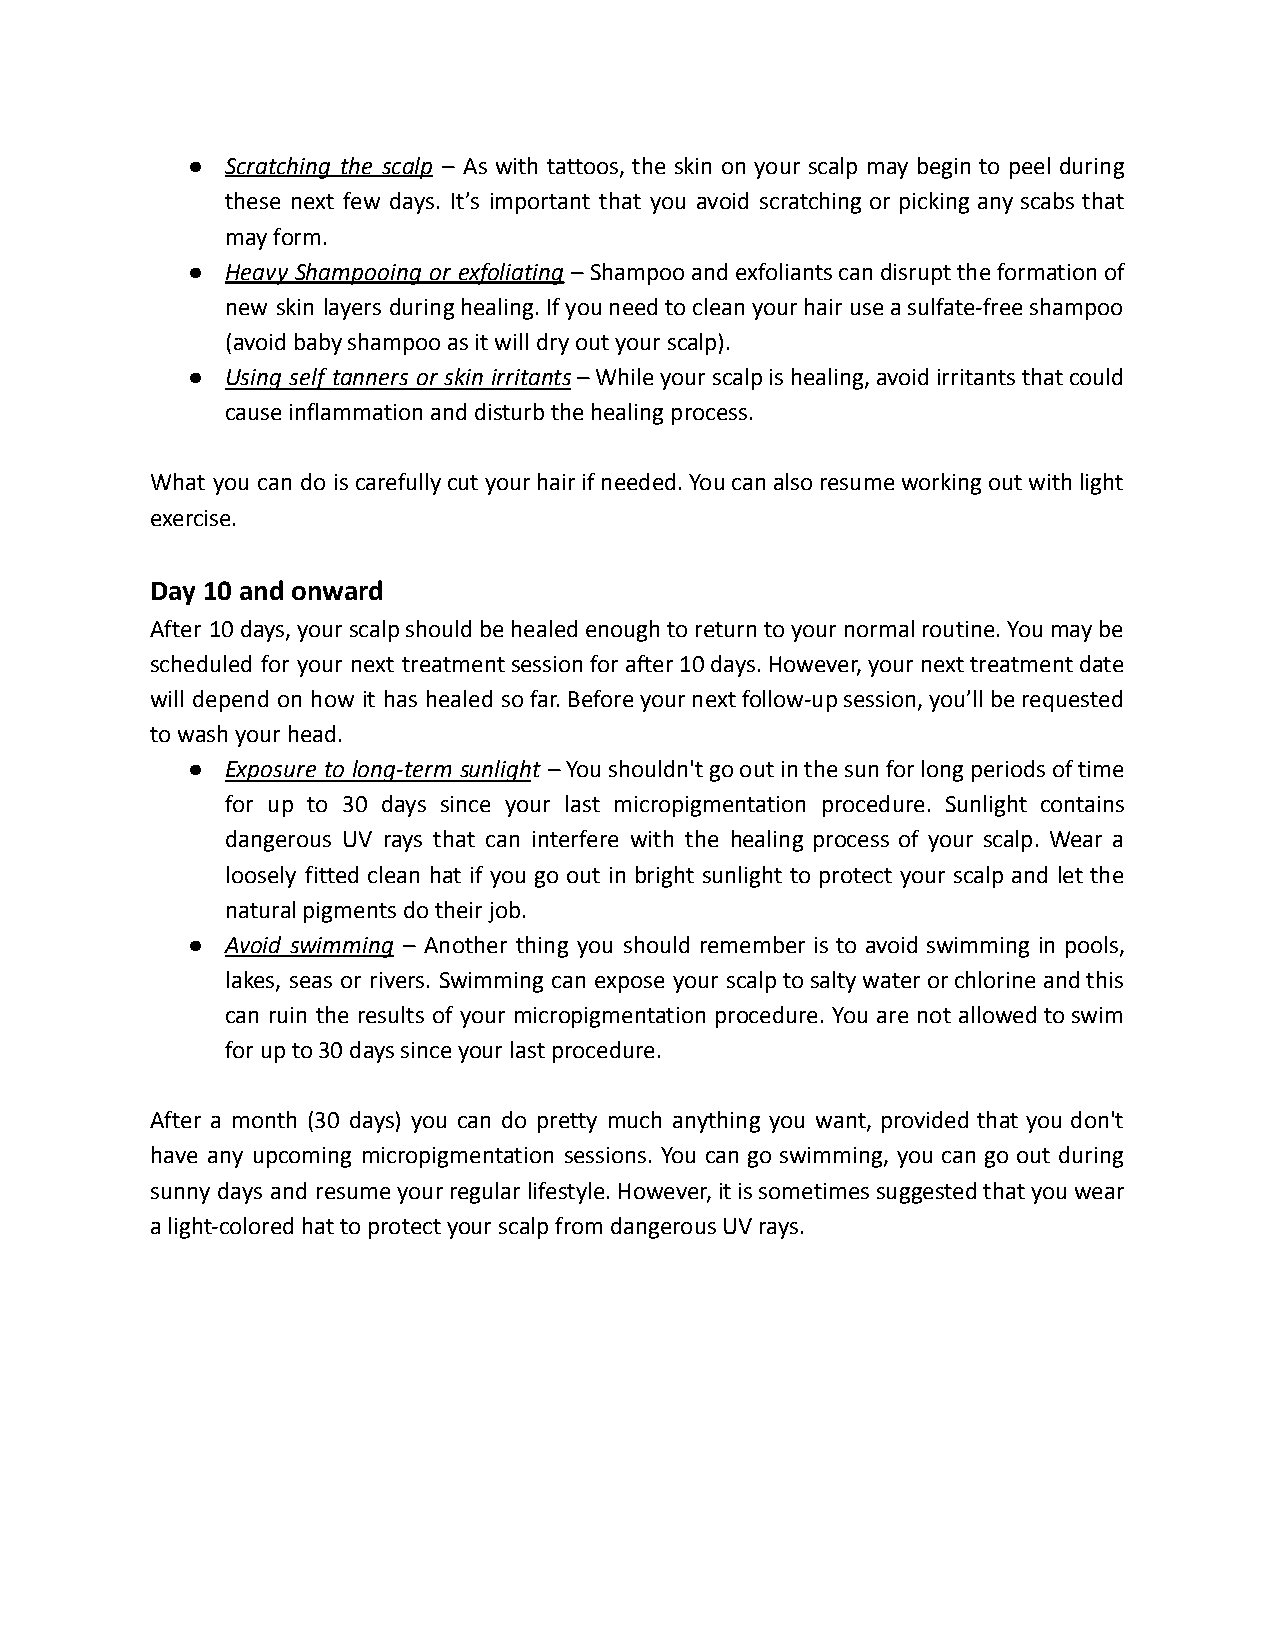
●  Scratching the scalp – As with tattoos, the skin on your scalp may begin to peel during
 these next few days. It’s important that you avoid scratching or picking any scabs that
 may form.
 ●  Heavy Shampooing or exfoliating –Shampooandexfoliantscandisrupttheformationof
 new skin layers duringhealing.Ifyouneedtocleanyourhairuseasulfate-freeshampoo
 (avoid baby shampoo as it will dry out your scalp).
 ●  Using self tanners or skin irritants–Whileyourscalpishealing,avoidirritantsthatcould
 cause inflammation and disturb the healing process.
 What you can do iscarefullycutyourhairifneeded.Youcanalsoresumeworkingoutwithlight
 exercise.
 Day 10 and onward
 After 10days,yourscalpshouldbehealedenoughtoreturntoyournormalroutine.Youmaybe
 scheduled for your next treatmentsessionforafter10days.However,yournexttreatmentdate
 will depend on how it has healed sofar.Beforeyournextfollow-upsession,you’llberequested
 to wash your head.
 ●  Exposure to long-term sunlight –Youshouldn'tgooutinthesunforlongperiodsoftime
 for up to 30 days since your last micropigmentation procedure. Sunlight contains
 dangerous UV rays that can interfere with the healing process of your scalp. Wear a
 loosely fitted clean hat if you go out in bright sunlight to protect your scalp and let the
 natural pigments do their job.
 ●  Avoid swimming – Another thing you should remember is to avoid swimming in pools,
 lakes, seas or rivers. Swimming can expose your scalptosaltywaterorchlorineandthis
 can ruin the results of your micropigmentation procedure. You are not allowedtoswim
 for up to 30 days since your last procedure.
 After a month (30 days) you can do pretty much anything you want, provided that you don't
 have any upcoming micropigmentation sessions. You can go swimming, you can go out during
 sunny days and resumeyourregularlifestyle.However,itissometimessuggestedthatyouwear
 a light-colored hat to protect your scalp from dangerousUV rays.